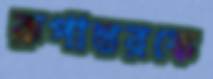
রূপান্তরকে